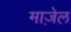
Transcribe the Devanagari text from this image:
माज़ेल